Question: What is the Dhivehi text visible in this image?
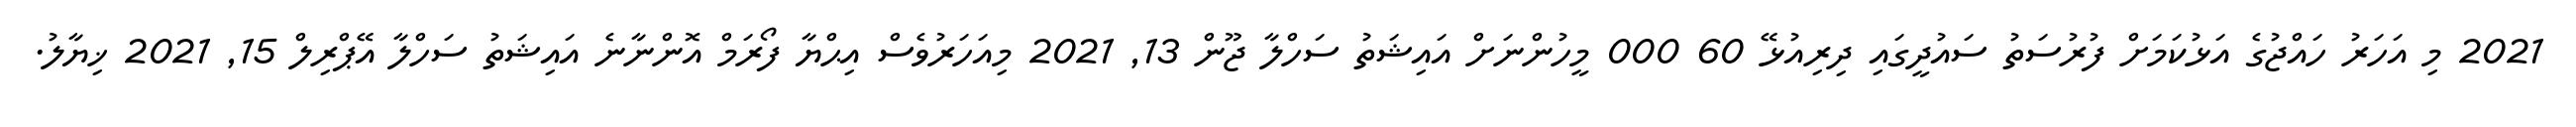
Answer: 2021 މި އަހަރު ހައްޖުގެ އަޅުކަމަށް ފުރުސަތު ސައުދީގައި ދިރިއުޅޭ 60 000 މީހުންނަށް އައިޝަތު ސަހްލާ ޖޫން 13, 2021 މިއަހަރުވެސް އިޙްޔާ ފޯރަމް އޮންނާނެ އައިޝަތު ސަހްލާ އޭޕްރިލް 15, 2021 ޚިޔާލު.